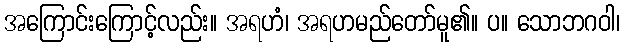
အကြောင်းကြောင့်လည်း။ အရဟံ၊ အရဟမည်တော်မူ၏။ ပ။ သောဘဂဝါ၊